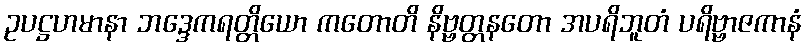
ဥပဋ္ဌဟမာနာ ဘဒ္ဒေကရတ္တိယော ကတောတိ နိဗ္ဗတ္တနတော အပရိဘူတံ ပရိဗ္ဗာဇကာနံ